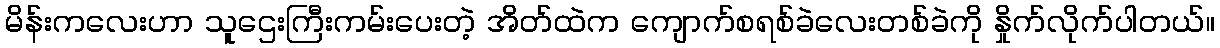
မိန်းကလေးဟာ သူဌေးကြီးကမ်းပေးတဲ့ အိတ်ထဲက ကျောက်စရစ်ခဲလေးတစ်ခဲကို နှိုက်လိုက်ပါတယ်။